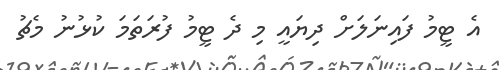
އެ ޓީމު ފައިނަލަށް ދިޔައީ މި ދެ ޓީމު ފުރަތަމަ ކުޅުނު މެޗު